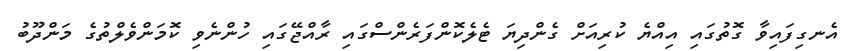
އެނގިފައިވާ ގޮތުގައި އިއްޔެ ކުރިއަށް ގެންދިޔަ ޓެލެކޮންފަރެންސްގައި ރާއްޖޭގައި ހުންނެވި ކޮމަންވެލްތުގެ މަންދޫބު